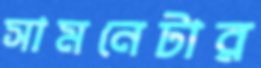
সামনেটার